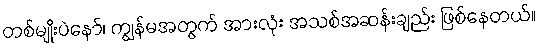
တစ်မျိုးပဲနော်၊ ကျွန်မအတွက် အားလုံး အသစ်အဆန်းချည်း ဖြစ်နေတယ်။